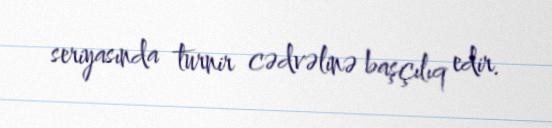
seriyasında turnir cədvəlinə başçılıq edir.